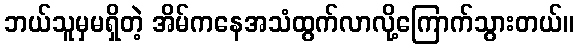
ဘယ်သူမှမရှိတဲ့ အိမ်ကနေအသံထွက်လာလို့ကြောက်သွားတယ်။